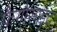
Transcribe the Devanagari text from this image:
फ़ैगोसाइट